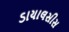
ડાયાલસીસ